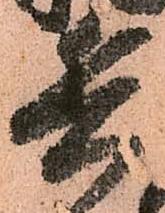
兵